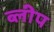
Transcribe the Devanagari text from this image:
ब्लीप